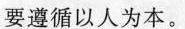
要遵循以人为本。